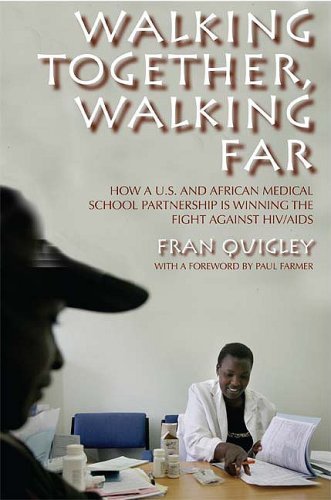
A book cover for By Fran Quigley - Walking Together, Walking Far: How a U.S. and African Medical School Partnership Is Winning the Fight against HIV/AIDS; Fran Quigley; Education & Teaching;